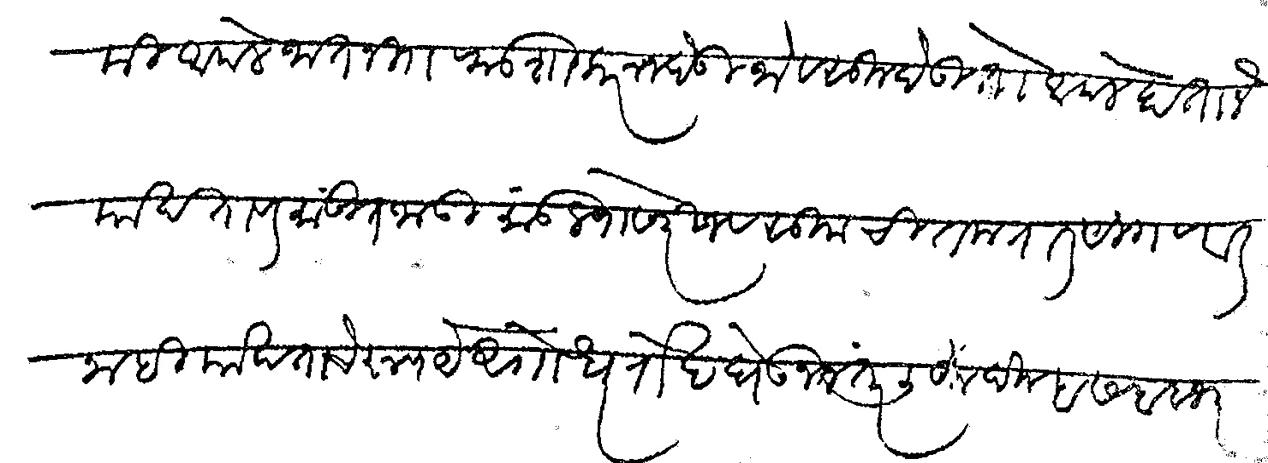
Transliteration (Devanagari): मी आपले जात नि फडशाकरून देऊ जो वसूल देऊ तो आपले हाताने याखतावर मांडीत जाऊ मांडल्याखेरीज वसुलाची तकरार सागणार नाही याखताचे रुपये अगोधर रोख घेऊन नंतर लिहून दिल्हा सबब भरणे